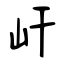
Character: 屽